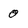
Character: 0